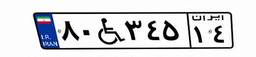
۸۰W۳۴۵۱۴